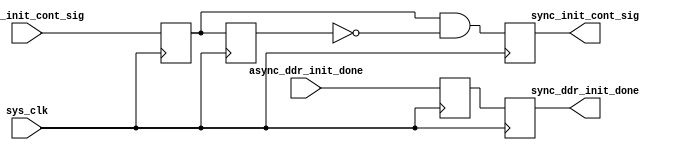
module sig_async2sync(
    input                   sys_clk             ,
    
    input                   async_init_cont_sig ,
    output reg              sync_init_cont_sig  ,
    
    input                   async_ddr_init_done ,
    output reg              sync_ddr_init_done
);

reg                         sync_init_cont_sig_r1  ;
reg                         sync_init_cont_sig_r2  ;

always @ (posedge sys_clk) begin
    sync_init_cont_sig_r1 <= async_init_cont_sig    ;
    sync_init_cont_sig_r2 <= sync_init_cont_sig_r1  ;
    sync_init_cont_sig    <= sync_init_cont_sig_r1 & ~sync_init_cont_sig_r2;
end

reg                         sync_ddr_init_done_r   ;

always @ (posedge sys_clk) begin 
    sync_ddr_init_done_r <= async_ddr_init_done     ;
    sync_ddr_init_done   <= sync_ddr_init_done_r    ;
end

endmodule